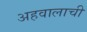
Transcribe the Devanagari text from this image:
अहवालाची